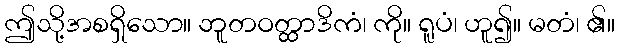
ဤသို့အစရှိသော။ ဘူတဝတ္ထာဒိကံ၊ ကို။ ရူပံ၊ ဟူ၍။ မတံ၊ ၏။